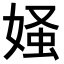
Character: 𪦄